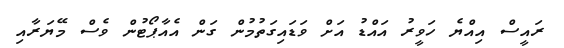
ރައީސް އިއްޔެ ހަވީރު އައްޑު އަށް ވަޑައިގަތުމުން ގަން އެއާޕޯޓުން ވެސް މޭޔަރާއި